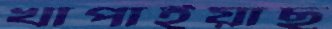
খাপাইয়াছ